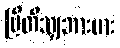
ဗြိတိသျှဘားမား